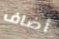
أضاف